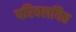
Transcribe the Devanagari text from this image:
परिवलयित